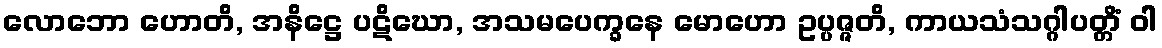
လောဘော ဟောတိ, အနိဋ္ဌေ ပဋိဃော, အသမပေက္ခနေ မောဟော ဥပ္ပဇ္ဇတိ, ကာယသံသဂ္ဂါပတ္တိံ ဝါ